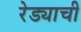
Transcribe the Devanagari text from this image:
रेड्याची